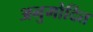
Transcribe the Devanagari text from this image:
अनुमोदित्त